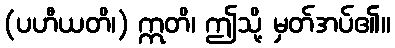
(ပဟီယတိ၊) ဣတိ၊ ဤသို့ မှတ်အပ်၏။